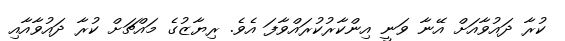
ކުރާ ދައުވާއަށް އޭނާ ވަނީ އިންކާރުކުރައްވާފަ އެވެ. ރިޔާޒުގެ މައްޗަށް ކުރާ ދައުވާއާއި